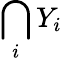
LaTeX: \bigcap_{i}Y_{i}